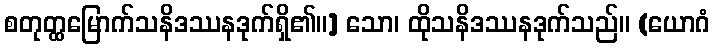
စတုတ္ထမြောက်သနိဒဿနဒုက်ရှိ၏။] သော၊ ထိုသနိဒဿနဒုက်သည်။ (ယောဂံ